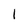
Character: 1